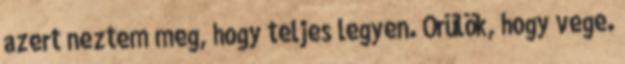
azert neztem meg, hogy teljes legyen. Örülök, hogy vege.